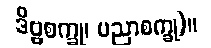
ဒိဗ္ဗစက္ခု၊ ပညာစက္ခု)။